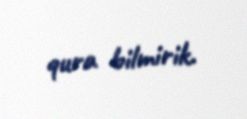
qura bilmirik.